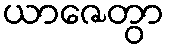
ယာဇေတွာ